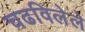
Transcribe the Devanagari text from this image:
चढविलेले